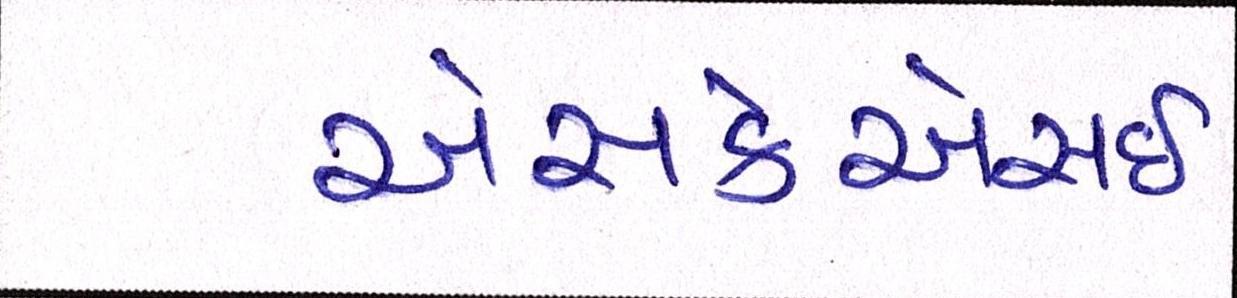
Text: એસકેએસઈ